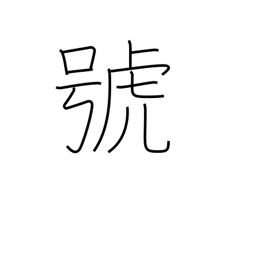
Meaning: symbol